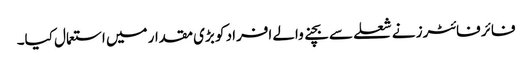
فائر فائٹرز نے شعلے سے بچنے والے افراد کو بڑی مقدار میں استعمال کیا۔